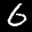
Label: 6